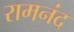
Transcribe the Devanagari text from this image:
रामनंद